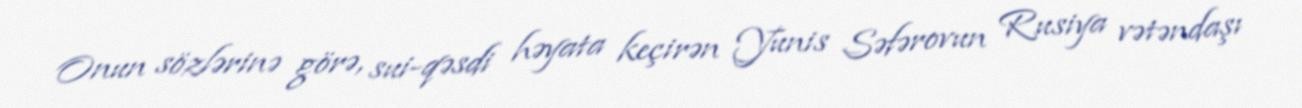
Onun sözlərinə görə, sui-qəsdi həyata keçirən Yunis Səfərovun Rusiya vətəndaşı